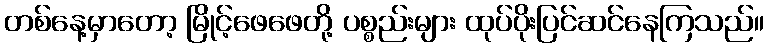
တစ်နေ့မှာတော့ မြိုင့်ဖေဖေတို့ ပစ္စည်းများ ထုပ်ပိုးပြင်ဆင်နေကြသည်။